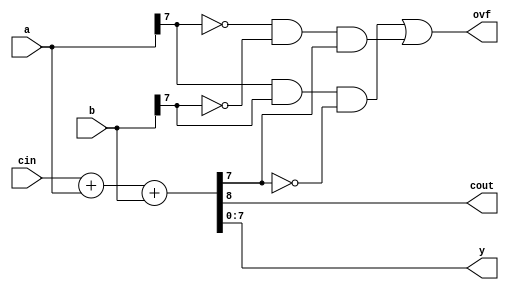
//------------------------------------------------------
// Copyright 1992, 1993 Cascade Design Automation Corporation.
//------------------------------------------------------
module adder_generic(a,b,cin,cout,ovf,y);
  parameter n = 8;
  input [(n - 1):0] a;
  input [(n - 1):0] b;
  input  cin;
  output  cout;
  output  ovf;
  output [(n - 1):0] y;
  reg  cout;
  reg  ovf;
  reg [(n - 1):0] y;
  reg [n:0] temp;
  always
    @(a or b or cin)
      begin
      temp = ((cin + {1'b0,a}) + b);
      cout = temp[n];
      y = temp[(n - 1):0];
      ovf = (((a[(n - 1)] & b[(n - 1)]) & ( ~ temp[(n - 1)])) | ((( ~ a[(n - 1)]) & ( ~ b[(n - 1)])) & temp[(n - 1)]));
      end
endmodule